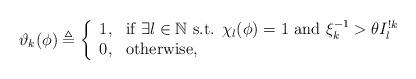
LaTeX: \begin{align*}\vartheta_k(\phi)\triangleq\left\{\begin{array}{ll}1, & \textnormal{if $\exists l\in\mathbb{N}$ s.t. $\chi_l(\phi)=1$ and $\xi_k^{-1}>\theta I_l^{!k}$}\\0, & \textnormal{otherwise,}\end{array}\right.\end{align*}